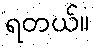
ရတယ်။